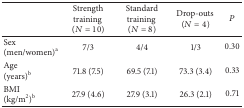
<table><thead><tr><td><b> </b></td><td><b>Strength training (<i>N</i> = 10)</b></td><td><b>Standard training (<i>N</i> = 8)</b></td><td><b>Drop-outs (<i>N</i> = 4)</b></td><td><b><i>P</i></b></td></tr></thead><tbody><tr><td>Sex (men/women)<sup>a</sup></td><td>7/3</td><td>4/4</td><td>1/3</td><td>0.30</td></tr><tr><td>Age (years)<sup>b</sup></td><td>71.8 (7.5)</td><td>69.5 (7.1)</td><td>73.3 (3.4)</td><td>0.33</td></tr><tr><td>BMI (kg/m<sup>2</sup>)<sup>b</sup></td><td>27.9 (4.6)</td><td>27.9 (3.1)</td><td>26.3 (2.1)</td><td>0.71</td></tr></tbody></table>